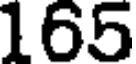
165